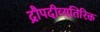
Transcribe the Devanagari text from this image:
द्रौपदीव्यतिरिक्त